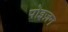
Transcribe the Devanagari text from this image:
पोइज़न